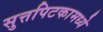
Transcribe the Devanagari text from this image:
सुत्तपिटकामध्ये